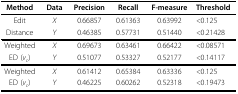
<table><thead><tr><td><b>Method</b></td><td><b>Data</b></td><td><b>Precision</b></td><td><b>Recall</b></td><td><b>F-measure</b></td><td><b>Threshold</b></td></tr></thead><tbody><tr><td>Edit</td><td><i>X</i></td><td>0.66857</td><td>0.61363</td><td>0.63992</td><td><i>&lt;</i>0.125</td></tr><tr><td>Distance</td><td><i>Y</i></td><td>0.46385</td><td>0.57731</td><td>0.51440</td><td><i>&lt;</i>0.21428</td></tr><tr><td>Weighted</td><td><i>X</i></td><td>0.69673</td><td>0.63461</td><td>0.66422</td><td><i>&lt;</i>0.08571</td></tr><tr><td>ED (<i>v<sub>c</sub></i>)</td><td><i>Y</i></td><td>0.51077</td><td>0.53327</td><td>0.52177</td><td><i>&lt;</i>0.14117</td></tr><tr><td>Weighted</td><td><i>X</i></td><td>0.61412</td><td>0.65384</td><td>0.63336</td><td><i>&lt;</i>0.125</td></tr><tr><td>ED (<i>v<sub>c</sub></i>)</td><td><i>Y</i></td><td>0.46225</td><td>0.60262</td><td>0.52318</td><td><i>&lt;</i>0.19473</td></tr></tbody></table>